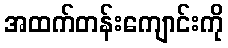
အထက်တန်းကျောင်းကို